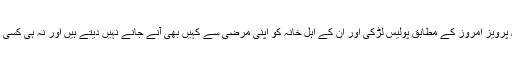
لڑکی کے اہل خانہ کے وکیل پرویز امروز کے مطابق پولیس لڑکی اور ان کے اہل خانہ کو اپنی مرضی سے کہیں بھی آنے جانے نہیں دیتے ہیں اور نہ ہی کسی کو ان سے ملنے دیا جاتا ہے۔